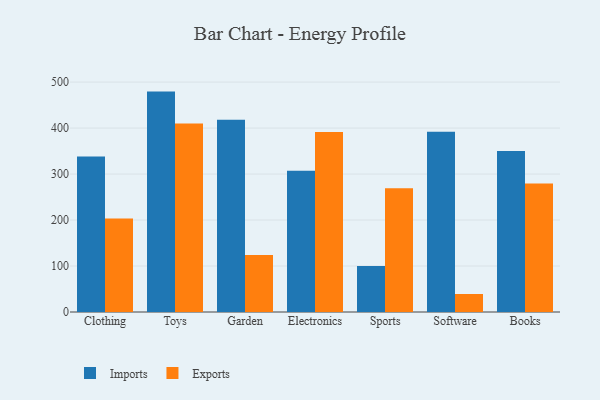
{"axis": {"x": "Category", "y": "Gross Profit (USD K)"}, "legend": ["Exports", "Imports"], "data": [{"x": "Clothing", "y": 338.4, "type": "Imports"}, {"x": "Clothing", "y": 203.5, "type": "Exports"}, {"x": "Toys", "y": 479.3, "type": "Imports"}, {"x": "Toys", "y": 409.9, "type": "Exports"}, {"x": "Garden", "y": 418.1, "type": "Imports"}, {"x": "Garden", "y": 124.0, "type": "Exports"}, {"x": "Electronics", "y": 307.0, "type": "Imports"}, {"x": "Electronics", "y": 391.4, "type": "Exports"}, {"x": "Sports", "y": 100.3, "type": "Imports"}, {"x": "Sports", "y": 269.2, "type": "Exports"}, {"x": "Software", "y": 391.9, "type": "Imports"}, {"x": "Software", "y": 39.1, "type": "Exports"}, {"x": "Books", "y": 350.0, "type": "Imports"}, {"x": "Books", "y": 279.6, "type": "Exports"}]}